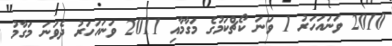
2010 ވަނައަހަރު 1 ވަނަ ކޯޗްކަމުގެ މަގާމާއި 2011 ވަނައަހަރު ދެވަނަ މަގާމު